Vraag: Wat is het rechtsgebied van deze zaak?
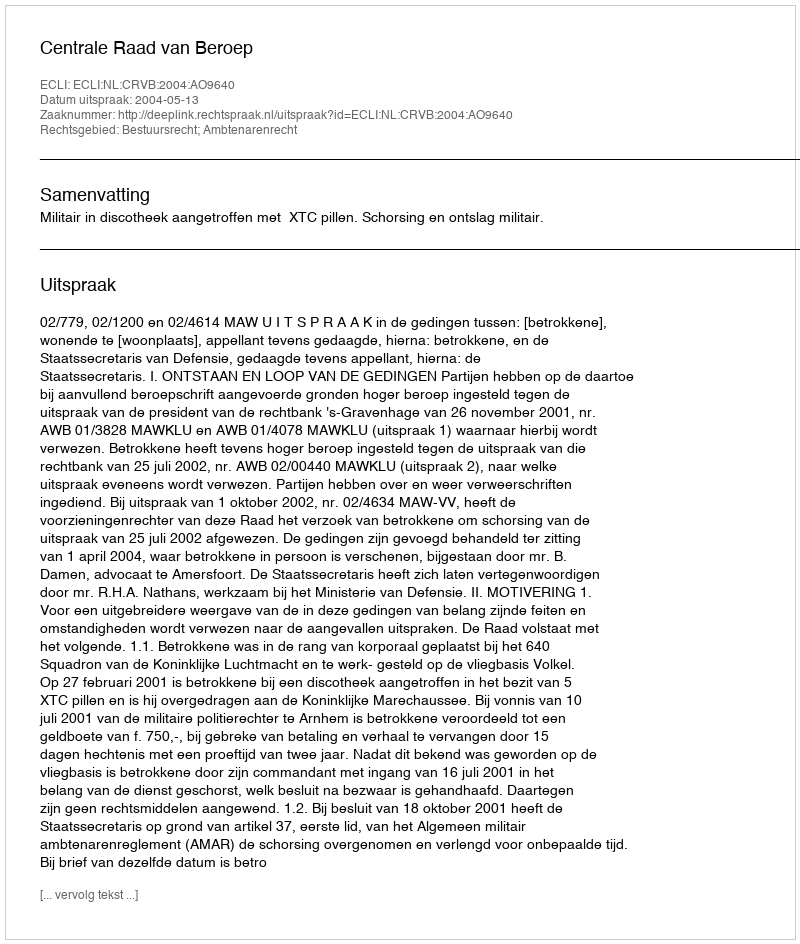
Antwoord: Bestuursrecht; Ambtenarenrecht